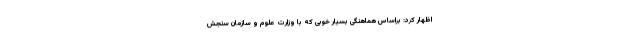
اظهار کرد: براساس هماهنگی بسیار خوبی که با وزارت علوم و سازمان سنجش